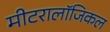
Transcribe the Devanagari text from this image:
मीटरालॉजिकल